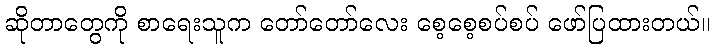
ဆိုတာတွေကို စာရေးသူက တော်တော်လေး စေ့စေ့စပ်စပ် ဖော်ပြထားတယ်။